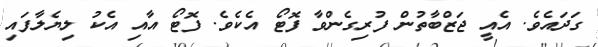
ގަދައެވެ. އެއީ ޖަޒްބާތުން ފުރިގެންވާ ފޮޓޯ އެކެވެ. ފޮޓޯ އާއި އެކު ލިޔެލާފައި